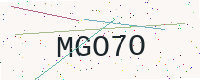
Text: MGO7O